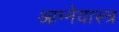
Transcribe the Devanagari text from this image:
आग्‍नेयास्‍त्र